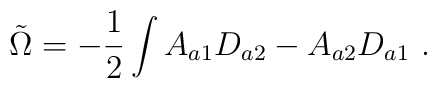
\tilde{\Omega} = - \frac{1}{2}\int A_{a1}D_{a2} - A_{a2}D_{a1} \ .